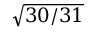
\sqrt { 3 0 / 3 1 }